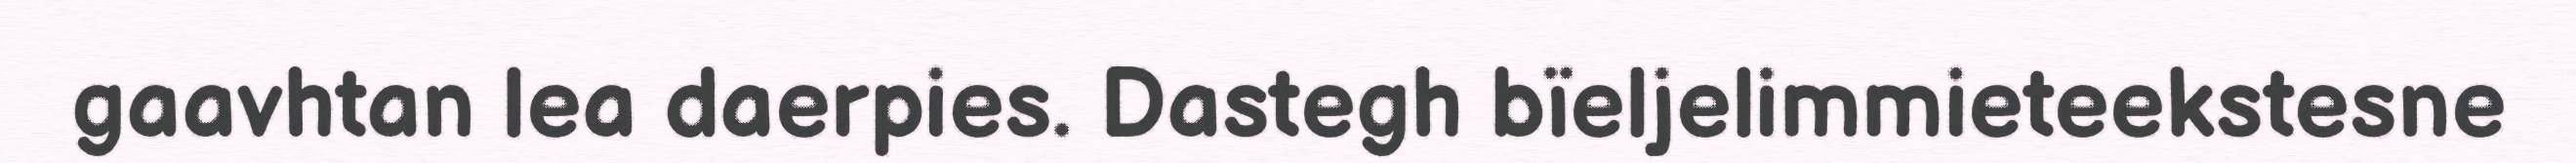
gaavhtan lea daerpies. Dastegh bïeljelimmieteekstesne